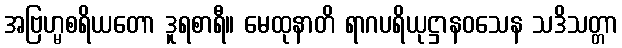
အဗြဟ္မစရိယတော ဒူရစာရီ။ မေထုနာတိ ရာဂပရိယုဋ္ဌာနဝသေန သဒိသတ္တာ